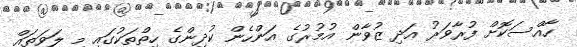
ހާއްސަކޮށް ފުރާވަރު އަދި ޒުވާން އުމުރުގެ އަންހެން ކުދިންގެ ހިތްތަކުގައި މި ލަވަތައް